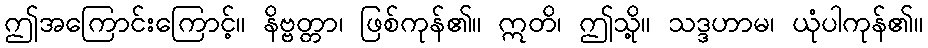
ဤအကြောင်းကြောင့်။ နိဗ္ဗတ္တာ၊ ဖြစ်ကုန်၏။ ဣတိ၊ ဤသို့။ သဒ္ဒဟာမ၊ ယုံပါကုန်၏။